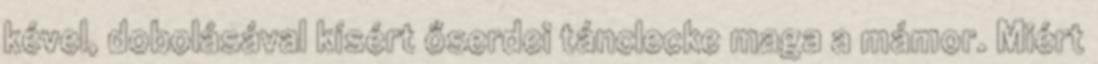
kével, dobolásával kísért őserdei tánclecke maga a mámor. Miért